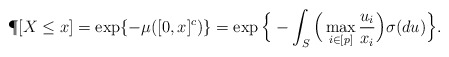
\begin{align*} \P[ X\le x] = \exp\{-\mu([0,x]^c)\} = \exp\Big\{ -\int_S \Big( \max_{i\in [p]} \frac{u_i}{x_i}\Big) \sigma(du)\Big\}.\end{align*}